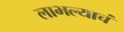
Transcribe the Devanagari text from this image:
लाभल्याचं